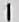
1